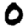
Digit: 0